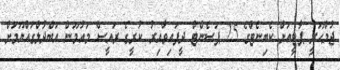
ޖުމްހޫރީ ޕާޓީއަށް ކެބިނެޓްގެ 25 ޕަސެންޓް ދީފައިވާއިރު ކުރީގެ ރައީސް މައުމޫން އަބްދުލްގައްޔޫމަށް